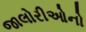
જાલોરીઓનો